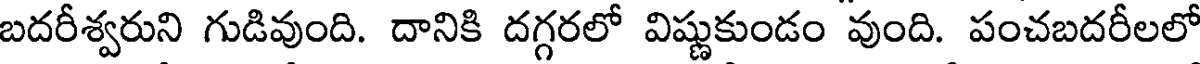
బదరీశ్వరుని గుడివుంది. దానికి దగ్గరలో విష్ణుకుండం వుంది. పంచబదరీలలో